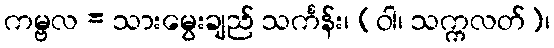
ကမ္ဗလ = သားမွေးချည် သင်္ကန်း၊ (ဝါ၊ သက္ကလတ်)၊